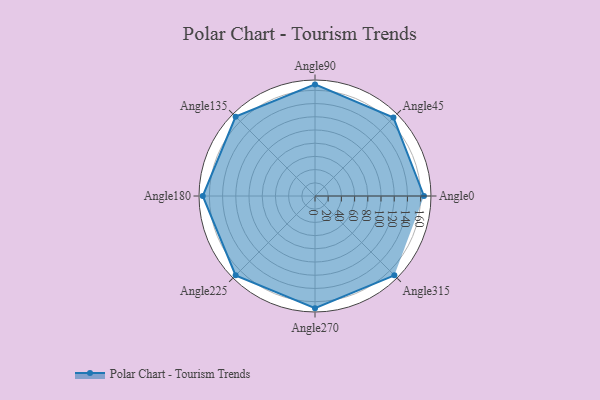
{"axis": {"x": "Angle", "y": "Radius"}, "legend": [""], "data": [{"x": "Angle0", "y": 165.0, "type": ""}, {"x": "Angle45", "y": 168.0, "type": ""}, {"x": "Angle90", "y": 169.0, "type": ""}, {"x": "Angle135", "y": 170, "type": ""}, {"x": "Angle180", "y": 170, "type": ""}, {"x": "Angle225", "y": 170, "type": ""}, {"x": "Angle270", "y": 170, "type": ""}, {"x": "Angle315", "y": 170, "type": ""}]}